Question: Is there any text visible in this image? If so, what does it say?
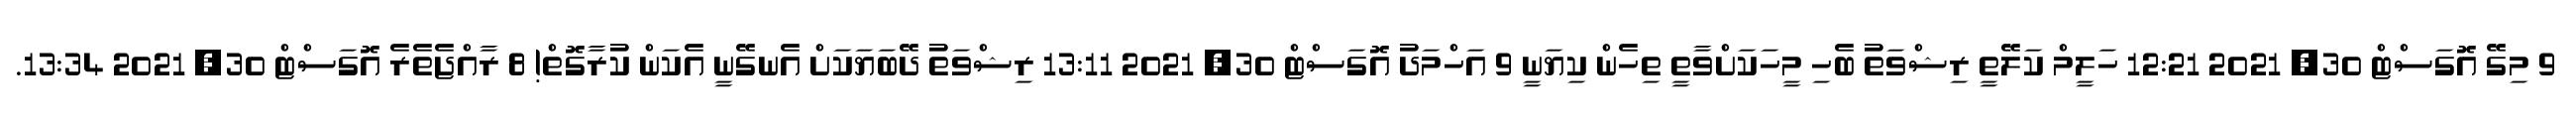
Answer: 9 މިގޭ އޮގަސްޓް 30, 2021 12:21 ހަލީމް ކަލޭތީ ރިޝްވަތު ބެހި މީހަކަށްވާތީ ތިހެން ކިޔަނީ 9 އަހްމަދު އޮގަސްޓް 30, 2021 13:11 ރިޝްވަތު ދޭބަޔަކަށް އެނގޭނީ އެކަން ކުރާގޮތް! 8 ރާއްޖެތެރެ އޮގަސްޓް 30, 2021 13:34.